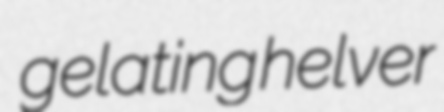
gelating helver